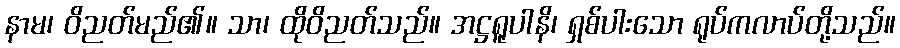
နာမ၊ ဝိညတ်မည်၏။ သာ၊ ထိုဝိညတ်သည်။ အဋ္ဌရူပါနိ၊ ရှစ်ပါးသော ရုပ်ကလာပ်တို့သည်။